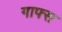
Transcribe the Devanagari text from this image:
गाफ्स